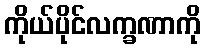
ကိုယ်ပိုင်လက္ခဏာကို